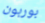
بوربون